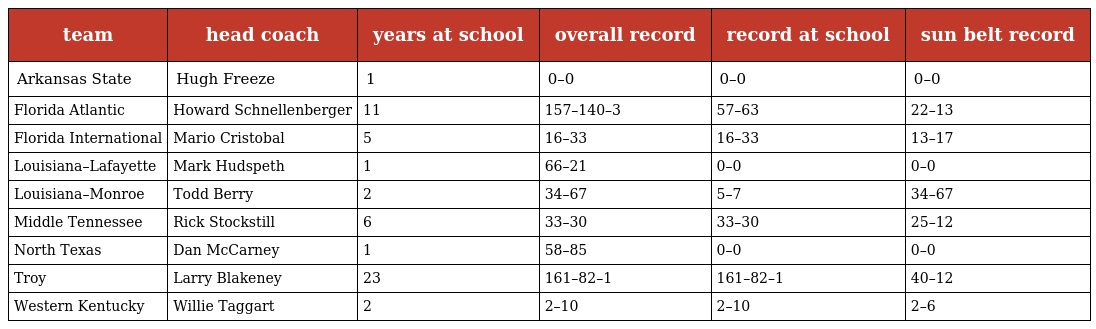
| team | head coach | years at school | overall record | record at school | sun belt record |
 | --- | --- | --- | --- | --- | --- |
 | Arkansas State | Hugh Freeze | 1 | 0–0 | 0–0 | 0–0 |
 | Florida Atlantic | Howard Schnellenberger | 11 | 157–140–3 | 57–63 | 22–13 |
 | Florida International | Mario Cristobal | 5 | 16–33 | 16–33 | 13–17 |
 | Louisiana–Lafayette | Mark Hudspeth | 1 | 66–21 | 0–0 | 0–0 |
 | Louisiana–Monroe | Todd Berry | 2 | 34–67 | 5–7 | 34–67 |
 | Middle Tennessee | Rick Stockstill | 6 | 33–30 | 33–30 | 25–12 |
 | North Texas | Dan McCarney | 1 | 58–85 | 0–0 | 0–0 |
 | Troy | Larry Blakeney | 23 | 161–82–1 | 161–82–1 | 40–12 |
 | Western Kentucky | Willie Taggart | 2 | 2–10 | 2–10 | 2–6 |